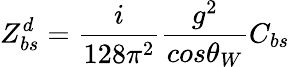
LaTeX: Z_{bs}^{d}=\frac{i}{128\pi^{2}}\frac{g^{2}}{cos\theta_{W}}C_{bs}